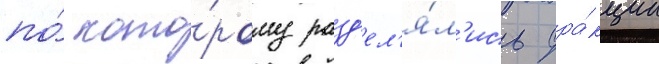
по́ кото́рому разд'ел'я́л'ись фра́кции